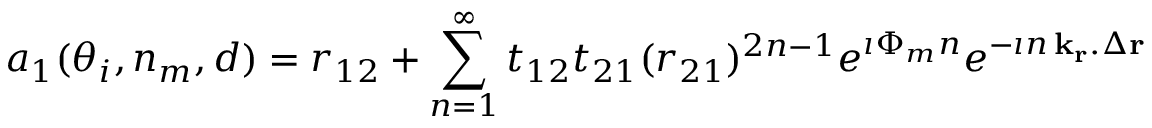
a _ { 1 } ( \theta _ { i } , n _ { m } , d ) = r _ { 1 2 } + \sum _ { n = 1 } ^ { \infty } t _ { 1 2 } t _ { 2 1 } ( r _ { 2 1 } ) ^ { 2 n - 1 } e ^ { \imath \Phi _ { m } n } e ^ { - \imath n \, { \bf k _ { r } } . \Delta { \bf r } }